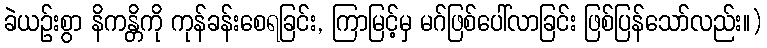
ခဲယဉ်းစွာ နိကန္တိကို ကုန်ခန်းစေရခြင်း, ကြာမြင့်မှ မဂ်ဖြစ်ပေါ်လာခြင်း ဖြစ်ပြန်သော်လည်း။)